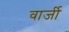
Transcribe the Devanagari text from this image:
वार्जी